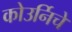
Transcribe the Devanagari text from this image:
कोउर्निचे